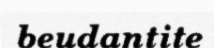
beudantite